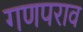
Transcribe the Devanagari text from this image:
गणपराव